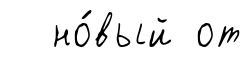
но́вый от